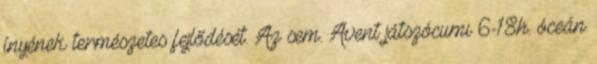
ínyének természetes fejlődését. Az sem. Avent játszócumi 6-18h. óceán